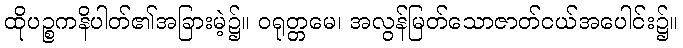
ထိုပဉ္စကနိပါတ်၏အခြားမဲ့၌။ ဝရုတ္တမေ၊ အလွန်မြတ်သောဇာတ်ငယ်အပေါင်း၌။